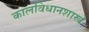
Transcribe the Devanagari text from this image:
कालविधानशास्त्रं